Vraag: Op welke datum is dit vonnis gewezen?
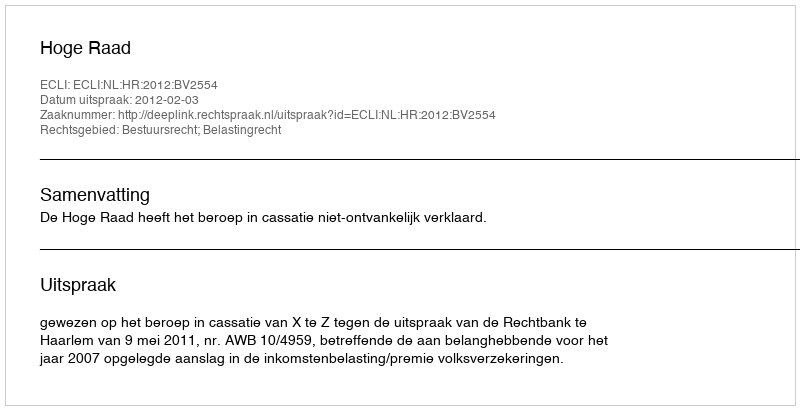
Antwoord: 2012-02-03